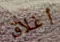
أغلاق